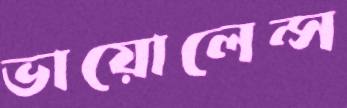
ভায়োলেন্স